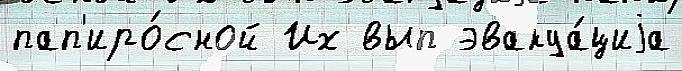
пап'иро́сной Их вып эвакуа́циjа